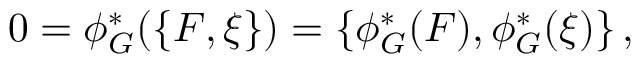
0 = \phi _ { G } ^ { * } ( \{ F , \xi \} ) = \{ \phi _ { G } ^ { * } ( F ) , \phi _ { G } ^ { * } ( \xi ) \} \, ,